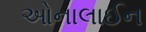
ઓનાલાઈન